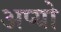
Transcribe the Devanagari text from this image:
अप्यो